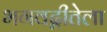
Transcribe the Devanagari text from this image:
भगवद्गीतेला